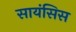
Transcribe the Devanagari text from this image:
सायंसिस